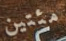
مئتين